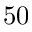
5 0